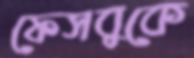
ফেসবুকে